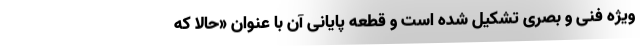
ویژه فنی و بصری تشکیل شده است و قطعه پایانی آن با عنوان «حالا که